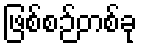
ဖြစ်စဉ်တစ်ခု